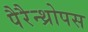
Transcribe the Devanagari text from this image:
पैरैन्थ्रोपस